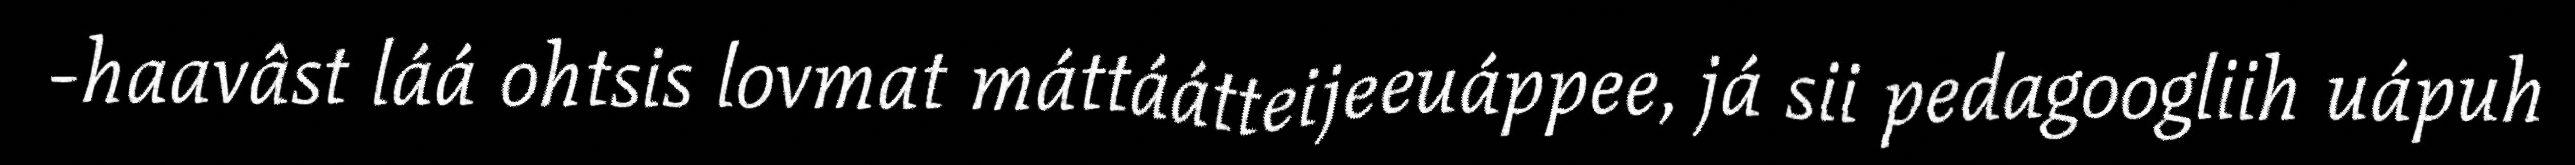
-haavâst láá ohtsis lovmat máttáátteijeeuáppee, já sii pedagoogliih uápuh